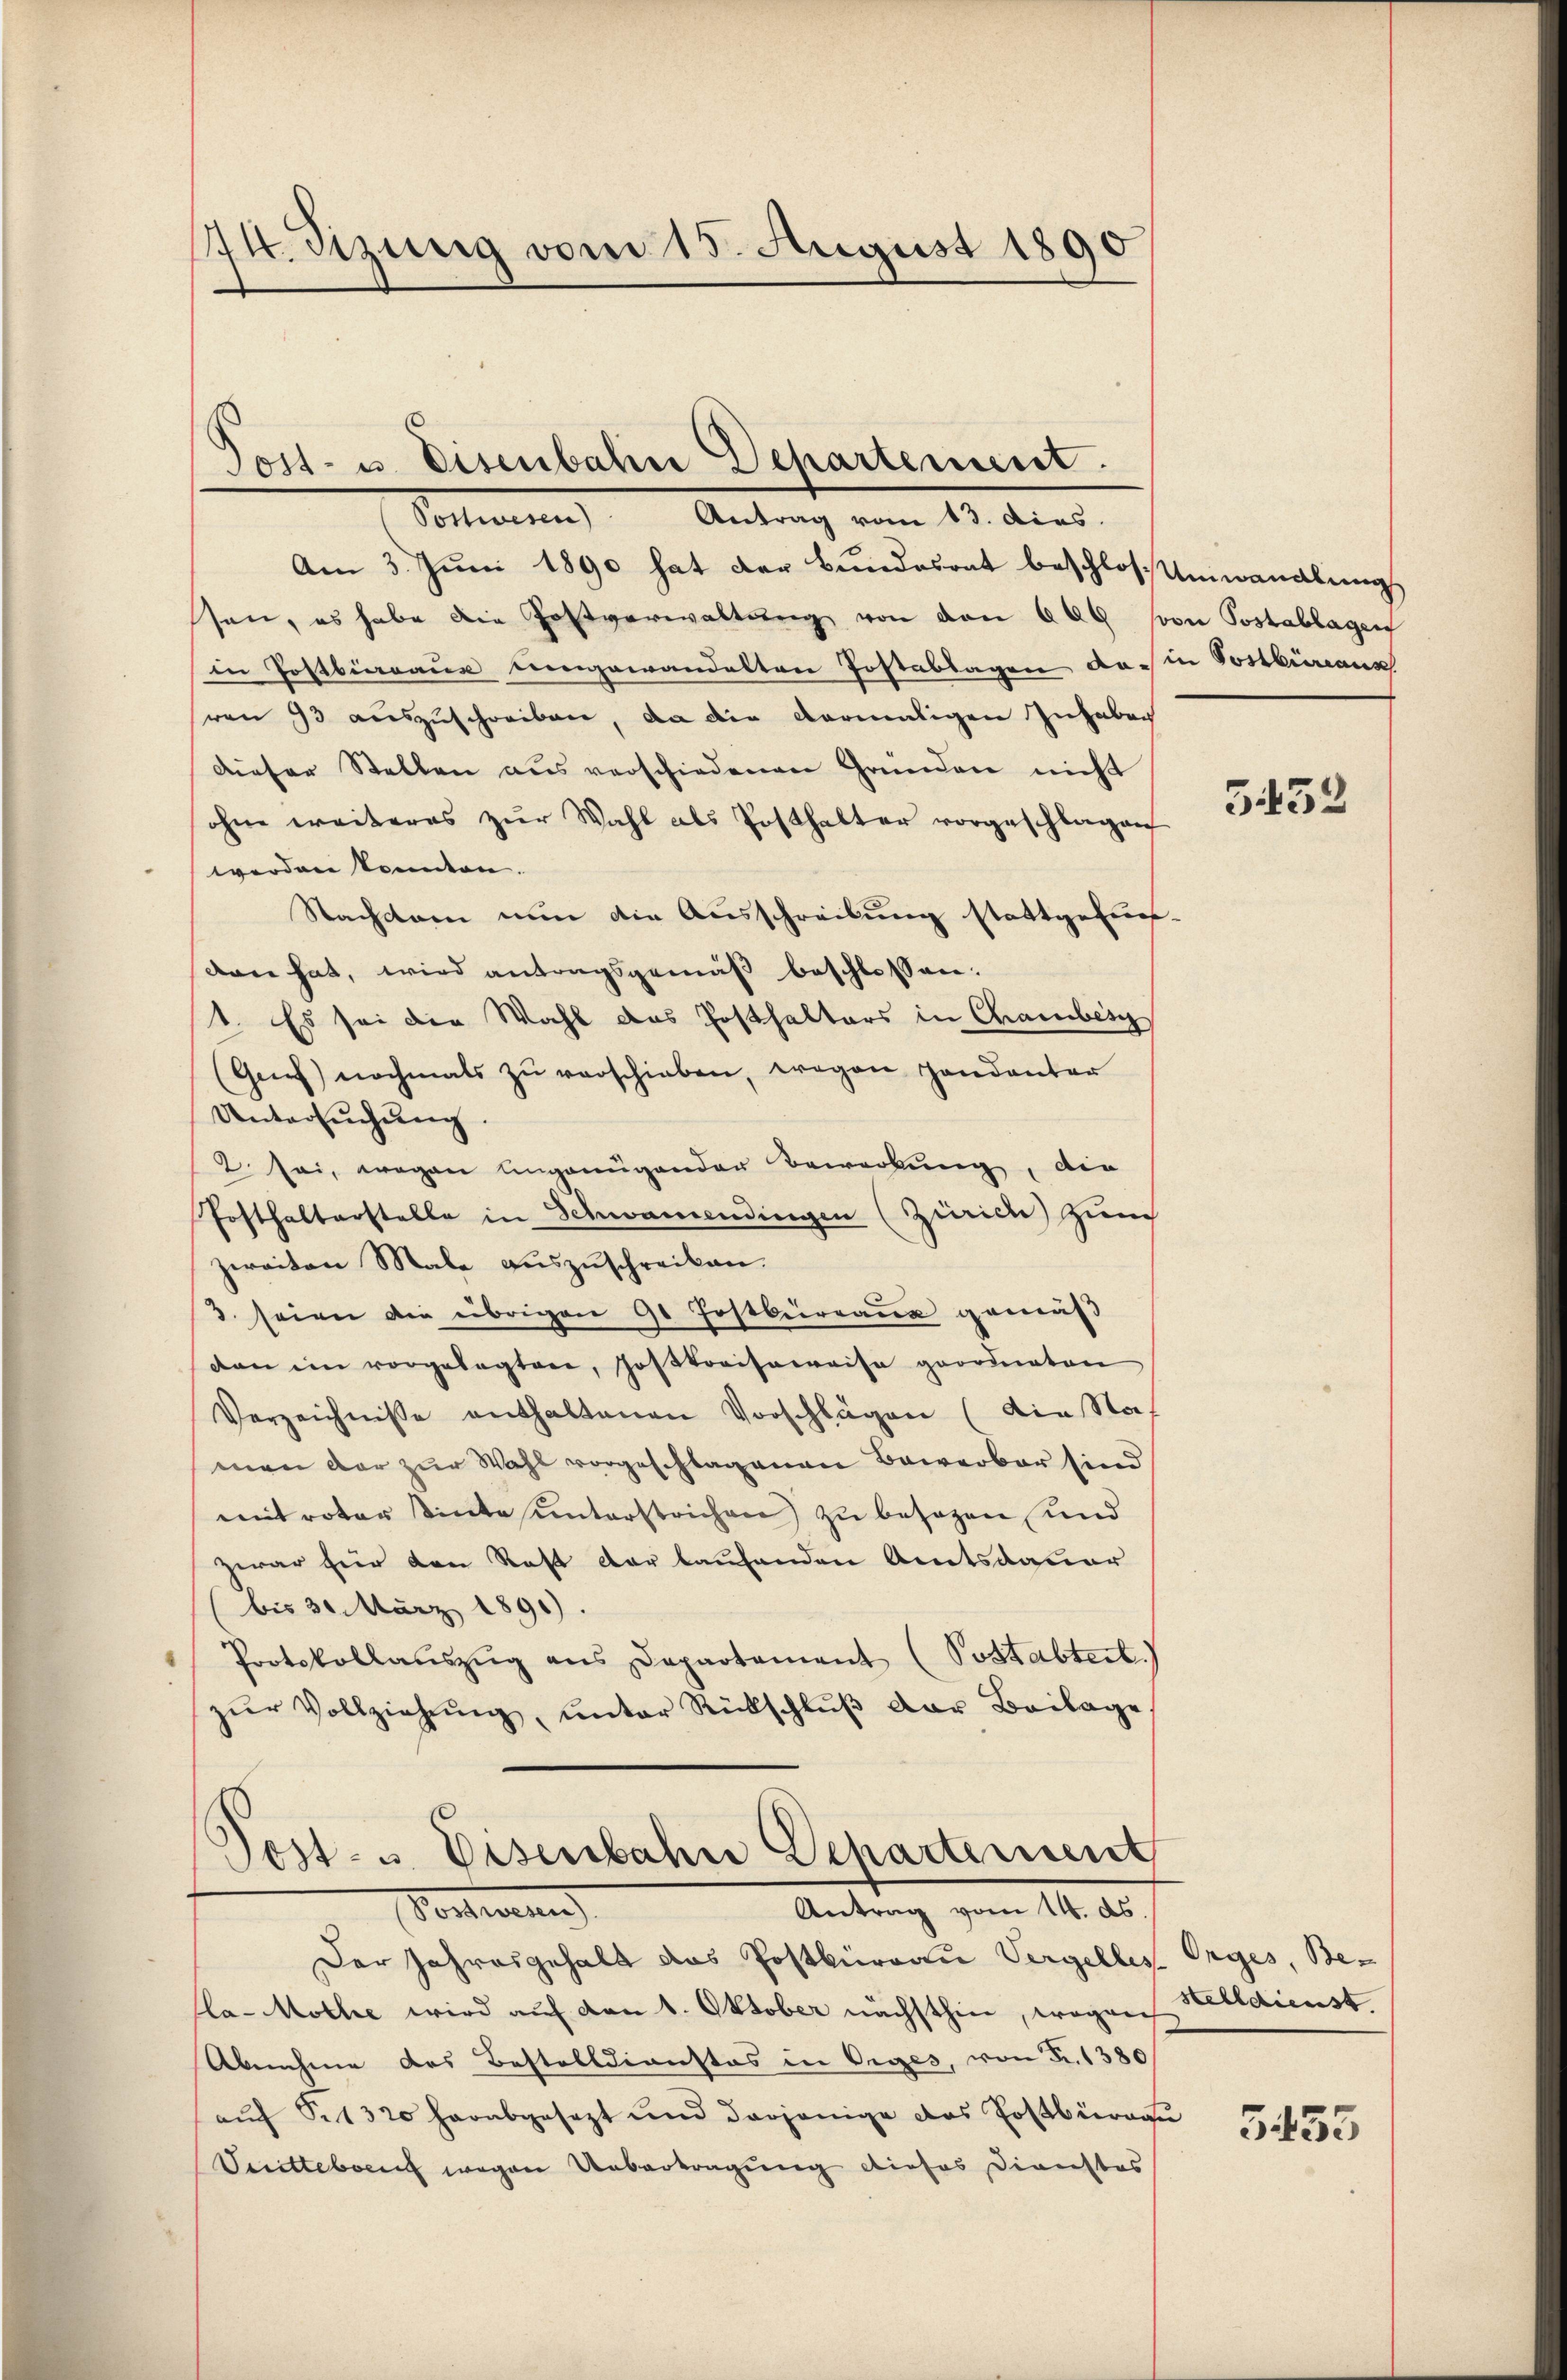
174. Sitzung vom 15. August 1890

Tost- u. Eisenbahre Departement.
Postwesen) Antrag vom 13. dies.

Am 3. Juni 1890 hat der Bundesrat beschloss Umwandlung
sen, es habe die Postverwaltŭng von den 600 von Postablagen
in Postberaus eingewandelten Postablagen dass in Postbureaux
von 93 auszuschreiben, da die vermaligen Inhaben
dieser Stellen aus verschiedenen Gründen nicht
ohne weiteres zŭr Wahl als Posthalter vorgeschlagen
werden konnten.
Stachtern nun die Ausschreibung stattgefas-
don hat, wird antragsgemäß beschlossen:
1. Es sei die Wahl das Posthalters in Chambesch
(Genf nochmals zŭ verschieben, wegen andanter
Untersŭchŭng.
2 sei, wegen ungenügender Bewerkung, die
Posthalterstelle in Schwamendingen (Zinicu Zürch
zweiten Male aŭszŭschreiben.
3. seien die übrigen 9t Jostbureaus gemäß
dan im vorgelegten, Jostkreisweise geordneten
Verzeichnisse enthaltenen Vorschlägen (die Nah
men der zur Wahl vorgeschlagenen Bewerbar sind
mit roter sinte unterstrichen) zu besagen und
zwar für den Rest der laufenden Amtsdauer
(bis 30. März 1891)
Protokollaŭszŭg ans Departement (Postabtert.
zŭr Vollziehŭng ŭnter Rückschlŭβ der Beilage

Post- u. Eisenbahne Departement
Antrag vom 14. ds.
Vortheilen

Der Jahresgehalt das Postbüreau Vergelles Orges, Be-
fla-Mothe wird auf den 1. Oktober nächsthin, wogen Welldienst
Abnehme des Bestelldienstes in Orges, von Fr. 1380
aŭf Sit 320 herabgesezt und derjenige das Postbürge
Veritteben wegen Uebertragung dieses Dienstes

5432

555